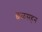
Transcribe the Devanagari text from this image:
छळसहन